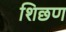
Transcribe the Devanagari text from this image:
शिछण